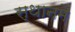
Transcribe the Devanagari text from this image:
स्थानमे